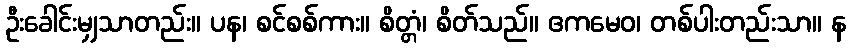
ဦးခေါင်းမျှသာတည်း။ ပန၊ စင်စစ်ကား။ စိတ္တံ၊ စိတ်သည်။ ဧကမေဝ၊ တစ်ပါးတည်းသာ။ န